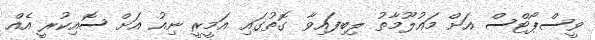
ވީސްޕޯޓްސް އަށް މައުލޫމާތު ލިބިފައިވާ ގޮތުގައި އަމީރީ ނިއު އަށް ސޮއިކުރީ އެއް